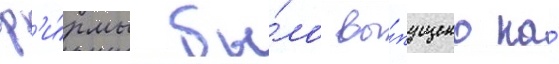
ф'и́рмы бы́ло вы́пущено на́